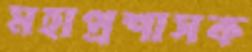
মহাপ্রশাসক